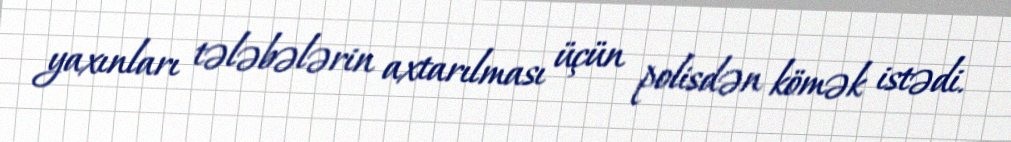
yaxınları tələbələrin axtarılması üçün polisdən kömək istədi.